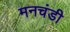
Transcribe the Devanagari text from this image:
मनचंडी